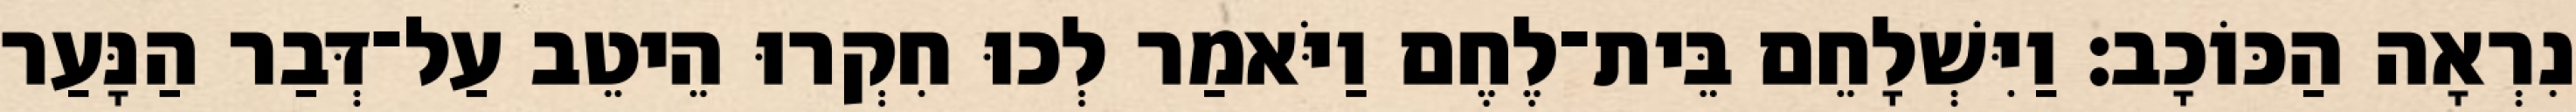
נִרְאָה הַכּוֹכָב׃ וַיִּשְׁלָחֵם בֵּית־לֶחֶם וַיֹּאמַר לְכוּ חִקְרוּ הֵיטֵב עַל־דְּבַר הַנָּעַר